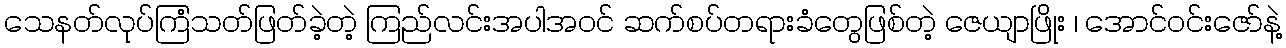
သေနတ်လုပ်ကြံသတ်ဖြတ်ခဲ့တဲ့ ကြည်လင်းအပါအဝင် ဆက်စပ်တရားခံတွေဖြစ်တဲ့ ဇေယျာဖြိုး ၊ အောင်ဝင်းဇော်နဲ့